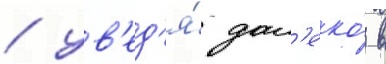
/ ув'ед'я́ дал'еко́ в